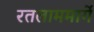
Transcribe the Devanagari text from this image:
रतलाममार्गे